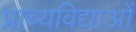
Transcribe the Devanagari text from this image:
प्राच्यविद्याओं